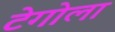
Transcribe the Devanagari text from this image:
टेगोला